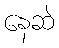
နေဆဲ